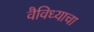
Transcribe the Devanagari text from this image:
वैविध्याचा